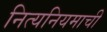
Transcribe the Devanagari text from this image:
नित्यनियमाची